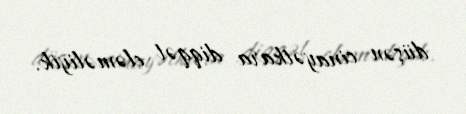
düşən cinayətkara diqqət eləməliyik.